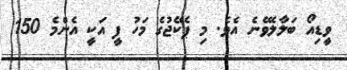
ވީޑިއޯ ބަލާލެވޭނެ އެވެ. މި ޕެކޭޖުގެ މަހު ފީ އަކީ އެންމެ 150